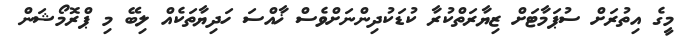
މީގެ އިތުރަށް ސުޕަމާޓަށް ޒިޔާރަތްކުރާ ކުޑަކުދިންނަށްވެސް ޚާއްސަ ހަދިޔާތަކެއް ލިބޭ މި ޕްރޮމޯޝަން